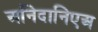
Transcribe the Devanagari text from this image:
अनिदानिएअ